Scottish Leaving Certificate Examination, 1960
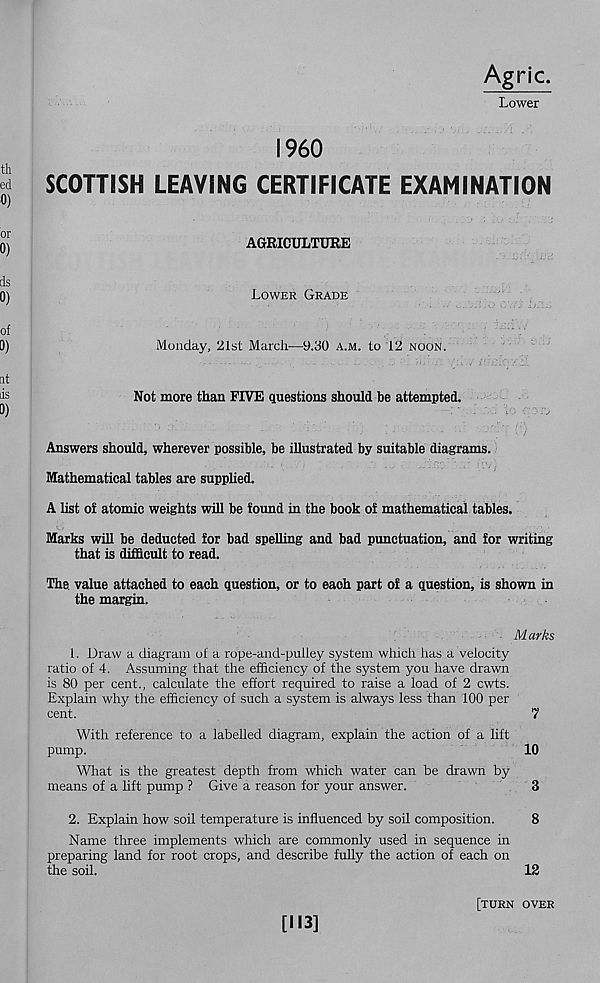
Agric.
Lower
I960
SCOTTISH LEAVING CERTIFICATE EXAMINATION
AGRICULTURE
Lower Grade
Monday, 21st March—9.30 a.m. to 12 noon.
Not more than FIVE questions should be attempted.
Answers should, wherever possible, be illustrated by suitable diagrams.
Mathematical tables are supplied.
A list of atomic weights will be found in the book of mathematical tables.
Marks will be deducted for bad spelling and bad punctuation, and for writing
that is difficult to read.
The. value attached to each question, or to each part of a question, is shown in
the margin.
M arks
1. Draw a diagram oi a rope-and-puiley system which has a velocity
ratio of 4. Assuming that the efficiency of the system you have drawn
is 80 per cent., calculate the effort required to raise a load of 2 cwts.
Explain why the efficiency of such a system is always less than 100 per
cent.
7
With reference to a labelled diagram, explain the action of a lift
pump.
10
What is the greatest depth from which water can be drawn by
means of a lift pump ? Give a reason for your answer.
3
2. Explain how soil temperature is influenced by soil composition.
8
Name three implements which are commonly used in sequence in
preparing land for root crops, and describe fully the action of each on
the soil.
12
[N3]
[turn over